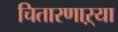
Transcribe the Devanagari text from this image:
चितारणाऱ्या